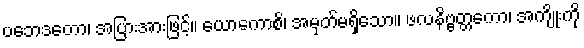
ပဘေဒတော၊ အပြားအားဖြင့်။ ယောကောစိ၊ အမှတ်မရှိသော။ ဖလနိဗ္ဗတ္တကော၊ အကျိုးကို